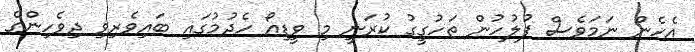
އެހެން ނަމަވެސް ފުލުހުން ތަހުގީގު ކުރަނީ މި ވީޑިއޯ ހެދުމުގައި ބައިވެރިވި ދިވެހިންގެ